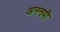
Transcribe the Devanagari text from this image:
अननयी